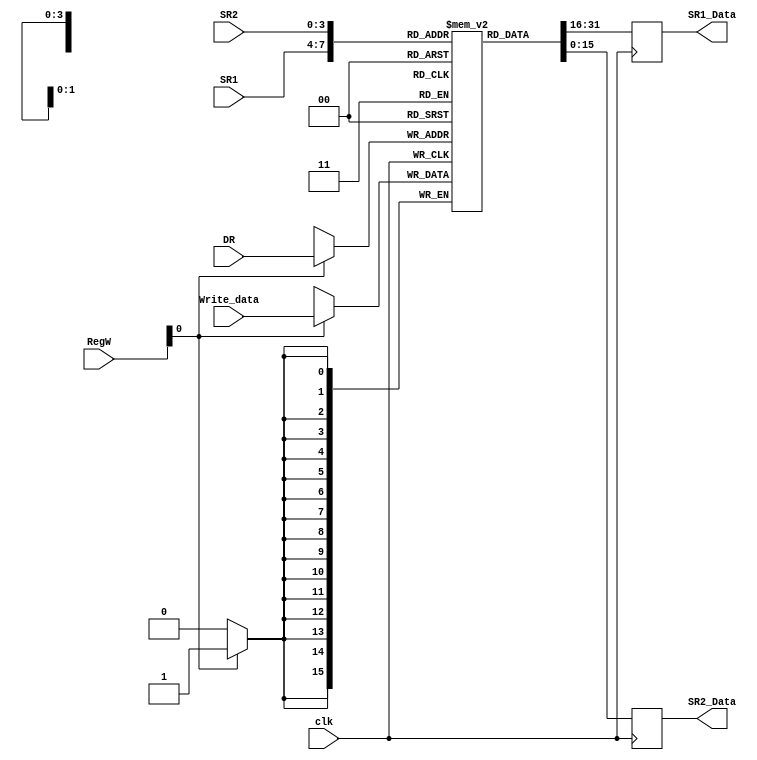
module RAM_Register
(
	input clk,
	input [1:0] RegW,
	
	input [3:0] DR,
	input [3:0] SR1, 
	input [3:0] SR2, 
	input [15:0] Write_data, 
	
	output reg [15:0] SR1_Data,
	output reg [15:0] SR2_Data
);

parameter	READ = 2'b00,
			WRITE_sv = 2'b01,
			WRITE_mp = 2'b11,
			DISABLE = 2'b10;
			
reg [15:0] RAM_REG [0:15];
integer i;

initial
 begin
	SR1_Data = 16'd0;
	SR2_Data = 16'd0;
	for (i = 0; i < 16; i = i + 1)
	begin 
		RAM_REG[i] = 16'd12345;
	end
end
   
always@(posedge clk)
begin
	if(RegW[0] == 1'b1)
	begin
		RAM_REG[DR] <= Write_data;
	end
	else
	begin
	end
	SR1_Data <= RAM_REG[SR1]; 
	SR2_Data <= RAM_REG[SR2];
end

endmodule